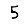
Digit: 5